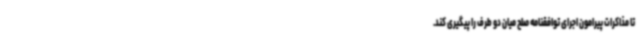
تا مذاکرات پیرامون اجرای توافقنامه صلح میان دو طرف را پیگیری کند.